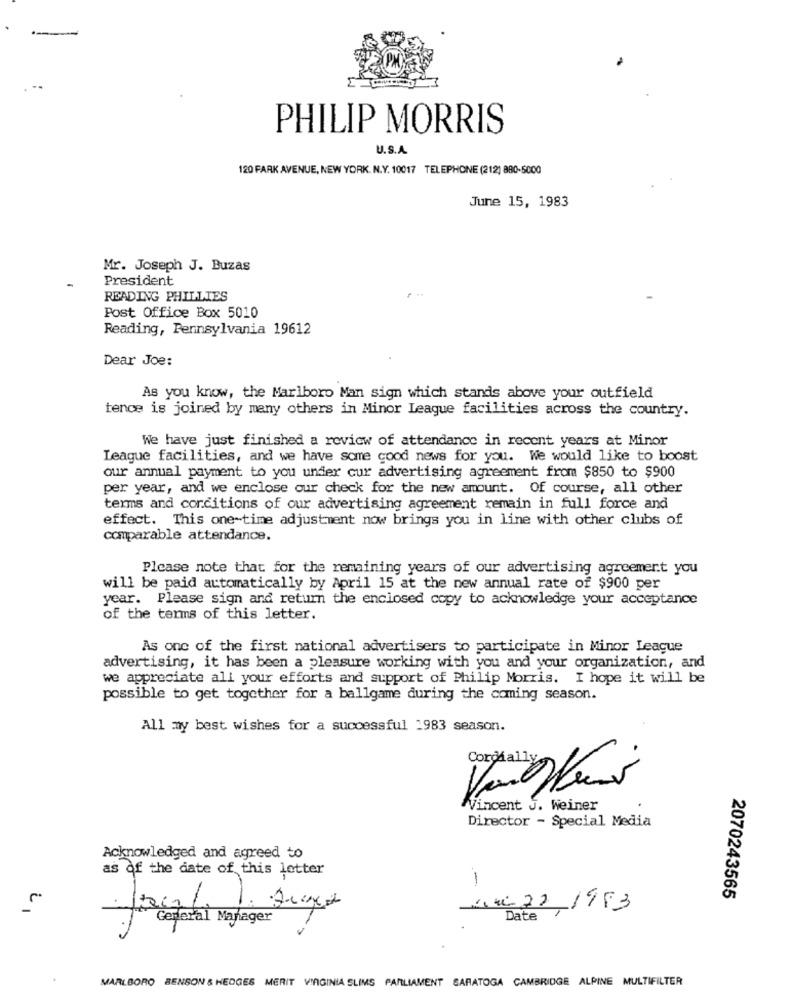
PHILIP MORRIS
U.S.A.
120 FARK AVENUE, NEW YORK. N.Y. 10017 TELEPHONE (212) 880-5000
June 15, 1983
Mr. Joseph J. Buzas
President
READING PHILLIES
Post Office Box 5010
Reading, Pennsylvania 19612
Dear Joe:
As you know, the Marlboro Man sign which stands above your outfield
tence is joined by many others in Minor League facilities across the country.
We have just finished a review of attendance in recent years at Minor
League facilities, and we have some good news for you. We would like to boost
our annual payment to you under cur advertising agreement from $850 to $900
per year, and we enclose our check for the new amount. Of course, all other
terms and conditions of our advertising agreement remain in full force and
effect. This one-time adjustment now brings you in line with other clubs of
comparable attendance.
Please note that for the remaining years of our advertising agreement you
will be paid automatically by April 15 at the new annual rate of $900 per
year. Please sign and return the enclosed copy to acknowledge your acceptance
of the terms of this letter.
As one of the first national advertisers to participate in Minor League
advertising, it has been a pleasure working with you and your organization, and
we appreciate all your efforts and support of Philip Morris. I hope it will be
possible to get together for a ballgame during the coming season.
All my best wishes for a successful 1983 season.
Cordially
Vincent J. Weiner
Director - Special Media
Acknowledged and agreed to
as of the date of this letter
-
2070243565
44 22 1993
Date
.
MARLBORO BENSON & HEDGES MERIT VIRGINIA SLIMS PARLIAMENT SARATOGA CAMBRIDGE ALPINE MULTIFILTER